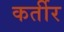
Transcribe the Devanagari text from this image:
कर्तीर